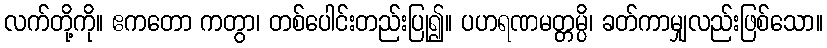
လက်တို့ကို။ ဧကတော ကတွာ၊ တစ်ပေါင်းတည်းပြု၍။ ပဟရဏမတ္တမ္ပိ၊ ခတ်ကာမျှလည်းဖြစ်သော။